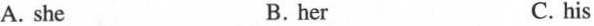
A. she B. her C. his